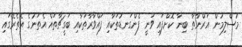
މުސްލިމުން ޣަރްނާޠާ ބިނާ ކޮށްފައި ވަނީ ފެންގަނޑުތަކާއި ފައްވާރާތަކާއި ބަގީޗާތައް އެތަނުގެ އެތެރޭގައި